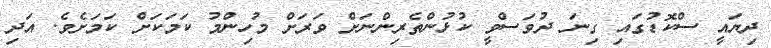
ދިޔައީ ސްކޮޑުގައި ގިނަ ދުވަސްވީ ކުޅުންތެރިންނަށް ވަރަށް މުހިންމު ކަމަކަށް ކަމަށެވެ. އަދި